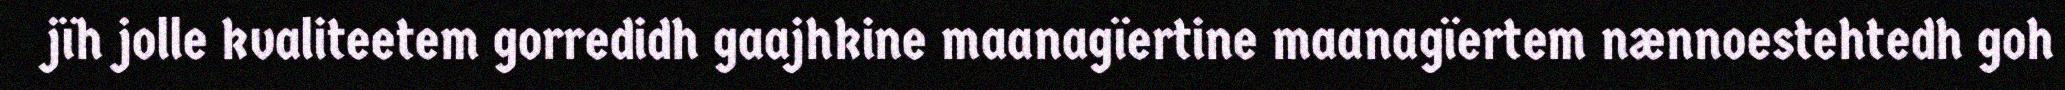
jïh jolle kvaliteetem gorredidh gaajhkine maanagïertine maanagïertem nænnoestehtedh goh